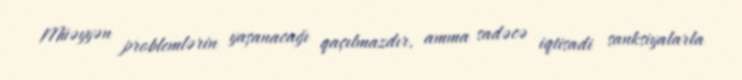
Müəyyən problemlərin yaşanacağı qaçılmazdır, amma sadəcə iqtisadi sanksiyalarla